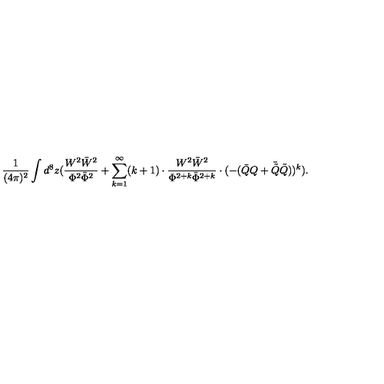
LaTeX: \frac { 1 } { ( 4 \pi ) ^ { 2 } } \int d ^ { 8 } z ( \frac { W ^ { 2 } \bar { W } ^ { 2 } } { \Phi ^ { 2 } \bar { \Phi } ^ { 2 } } + \sum _ { k = 1 } ^ { \infty } ( k + 1 ) \cdot \frac { W ^ { 2 } \bar { W } ^ { 2 } } { \Phi ^ { 2 + k } \bar { \Phi } ^ { 2 + k } } \cdot ( - ( \bar { Q } Q + \bar { \tilde { Q } } \tilde { Q } ) ) ^ { k } ) .